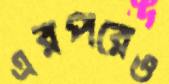
এরপরেও